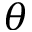
\theta